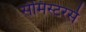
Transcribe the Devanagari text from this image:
सेमिस्टरर्स